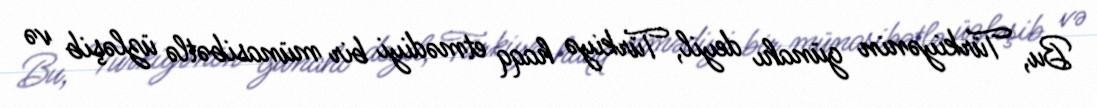
Bu, Türkiyənin günahı deyil, Türkiyə haqq etmədiyi bir münasibətlə üzləşib və